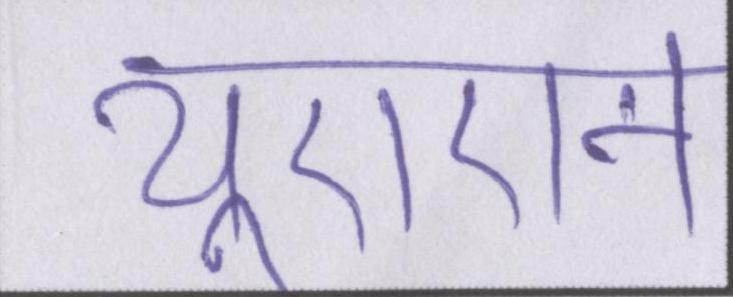
यूएएन